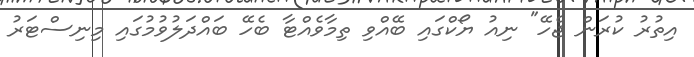
އިތުރު ކުރަން ޖެހޭ" ނިއު ޔޯކްގައި ބޭއްވި ތިމާވެއްޓާ ބެހޭ ބައްދަލުވުމުގައި މިނިސްޓަރު